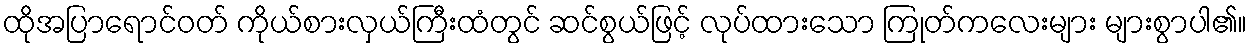
ထိုအပြာရောင်ဝတ် ကိုယ်စားလှယ်ကြီးထံတွင် ဆင်စွယ်ဖြင့် လုပ်ထားသော ကြုတ်ကလေးများ များစွာပါ၏။